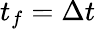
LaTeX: t_{f}=\Delta t